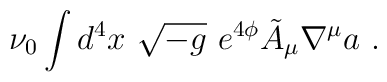
\nu_0 \int d^4 x\ \sqrt{-g}\ e^{4\phi}\tilde A_\mu \nabla^\mu a\ .